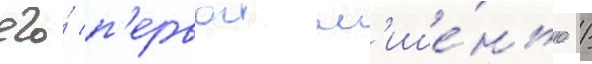
его́ п'ервои м'ише́нью /